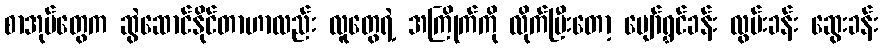
စာအုပ်တွေက ဆွဲဆောင်နိုင်တာဟာလည်း လူတွေရဲ့ အကြိုက်ကို လိုက်ပြီးတော့ ပျော်ရွှင်ခန်း လွမ်းခန်း ဆွေးခန်း